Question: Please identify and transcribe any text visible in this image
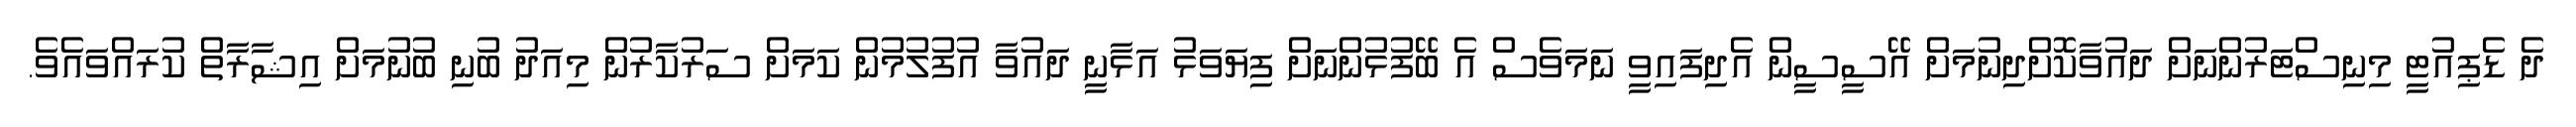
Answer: ދެ ޑެޕިއުޓީ މިނިސްޓަރުންނަށް ދައުވާކޮށްދިނުމަށް އޭސީސީން އެދިފައިވީ ނަމަވެސް އެ ބޭފުޅުންނަށް ފިޔަވަޅު އަޅާނީ ދައުވާ އުފުލުމުން ކަމަށް ސަރުކާރުން މިއަދު ބުނި ބުނުމަށް އިޝާރާތް ކުރައްވައެވެ.